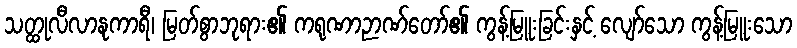
သတ္ထုလီလာနုကာရီ၊ မြတ်စွာဘုရား၏ ကရုဏာဉာဏ်တော်၏ ကွန့်မြူးခြင်းနှင့် လျော်သော ကွန့်မြူးသော